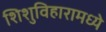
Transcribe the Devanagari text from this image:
शिशुविहारामध्ये